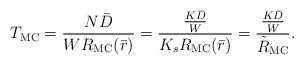
LaTeX: \begin{align*}T_{\mathrm{MC}}=\frac{N \bar{D}}{WR_{\mathrm{MC}}(\bar{r})}=\frac{\frac{K\bar{D}}{W}}{K_sR_{\mathrm{MC}}(\bar{r})}=\frac{\frac{K\bar{D}}{W}}{\tilde{R}_{\mathrm{MC}}}.\end{align*}